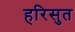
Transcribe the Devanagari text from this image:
हरिसुत